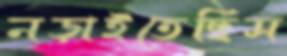
নড়াইতেছিস